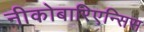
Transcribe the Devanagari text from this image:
नीकोबारिएन्सिस